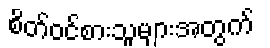
စိတ်ဝင်စားသူများအတွက်